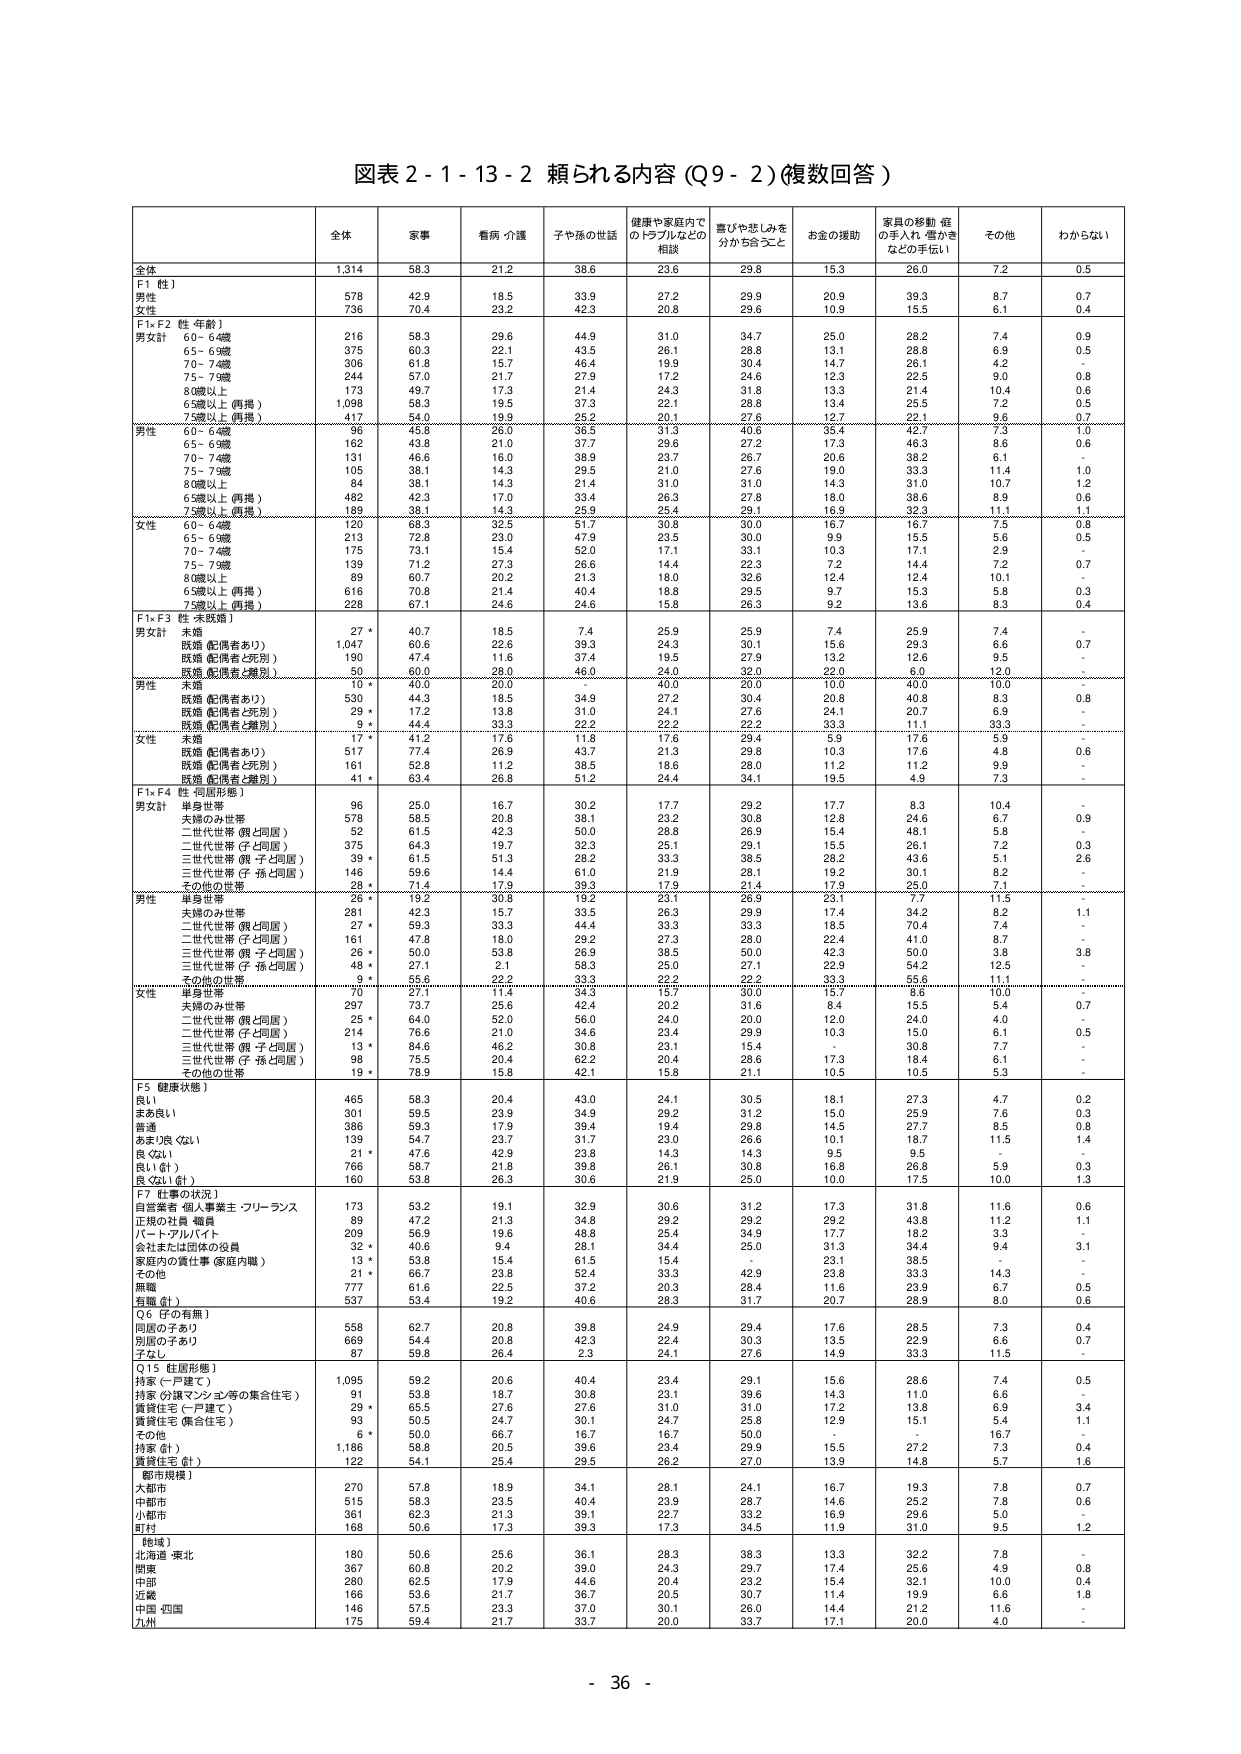
図表２-１-１３-２ 頼られる内容（Q９-２）（複数回答）

全体 家事 看病・介護 子や孫の世話 健康や家庭内でのトラブルなどの相談 喜びや悲しみを分かち合うこと お金の援助 家具の移動・庭の手入れ・雪かきなどの手伝い その他 わからない

全体 1,314 58.3 21.2 38.6 23.6 29.8 15.3 26.0 7.2 0.5

F1【性】
男性 578 42.9 18.5 33.9 27.2 29.9 20.9 39.3 8.7 0.7
女性 736 70.4 23.2 42.3 20.8 29.6 10.9 15.5 6.1 0.4

F1×F2【性・年齢】
男女計 60～64歳 216 58.3 29.6 44.9 31.0 34.7 25.0 28.2 7.4 0.9
65～69歳 375 60.3 22.1 43.5 26.1 28.8 13.1 28.8 6.9 0.5
70～74歳 306 61.8 15.7 46.4 19.9 30.4 14.7 26.1 4.2 -
75～79歳 244 57.0 21.7 27.9 17.2 24.6 12.3 22.5 9.0 0.8
80歳以上 173 49.7 17.3 21.4 24.3 31.8 13.3 21.4 10.4 0.6
65歳以上（再掲） 1,098 58.3 19.5 37.3 22.1 28.8 13.4 25.5 7.2 0.5
75歳以上（再掲） 417 54.0 19.5 25.2 20.1 27.6 12.7 22.1 9.6 0.7

男性 60～64歳 180 43.9 26.0 36.5 31.3 40.8 35.4 42.7 7.3 1.0
65～69歳 162 43.8 21.0 37.7 29.6 27.2 17.3 46.3 8.6 0.6
70～74歳 131 46.6 16.0 38.9 23.7 26.7 20.6 38.2 6.1 -
75～79歳 105 38.1 14.3 29.5 21.0 27.6 19.0 33.3 11.4 1.0
80歳以上 84 38.1 14.3 21.4 31.0 31.0 14.3 31.0 10.7 1.2
65歳以上（再掲） 482 42.3 17.0 33.4 26.3 27.8 18.0 38.6 8.9 0.6
75歳以上（再掲） 199 38.1 14.3 25.9 23.4 29.1 16.9 33.3 11.1 1.1

女性 60～64歳 120 68.3 32.6 51.7 30.8 30.0 16.7 16.7 7.5 0.8
65～69歳 213 72.8 23.0 47.9 23.5 30.0 9.9 15.5 5.6 0.5
70～74歳 175 73.1 15.4 52.0 17.1 33.1 10.3 17.1 2.9 -
75～79歳 139 71.2 27.3 26.6 14.4 22.3 7.2 14.4 7.2 0.7
80歳以上 89 60.7 20.2 21.3 18.0 32.6 12.4 12.4 10.1 -
65歳以上（再掲） 616 70.8 21.4 40.4 18.8 29.5 9.7 15.3 5.8 0.3
75歳以上（再掲） 228 67.1 24.6 24.6 15.8 26.3 9.2 13.6 8.3 0.4

F1×F3【性・未婚婚】
男女計 未婚 27 * 40.7 18.5 7.4 25.9 25.9 7.4 25.9 7.4 -
既婚（配偶者あり） 1,047 60.6 22.6 39.3 24.3 30.1 15.6 29.3 6.6 0.7
既婚（配偶者と死別） 190 47.4 11.6 37.4 19.5 27.9 13.2 12.6 9.5 -
既婚（配偶者と離別） 50 * 60.0 28.0 46.0 24.0 32.0 22.0 6.0 12.0 -
男性 未婚 10 * 40.0 20.0 - 40.0 20.0 40.0 10.0 10.0 -
既婚（配偶者あり） 530 44.3 18.5 34.9 27.2 30.4 20.8 40.8 8.3 0.8
既婚（配偶者と死別） 29 * 17.2 13.8 31.0 24.1 27.6 24.1 20.7 6.9 -
既婚（配偶者と離別） 9 * 44.4 33.3 22.2 22.2 22.2 33.3 11.1 33.3 -

女性 未婚 17 * 41.2 17.6 11.8 17.6 29.4 5.9 17.6 5.9 -
既婚（配偶者あり） 517 77.4 26.9 43.7 21.3 29.8 10.3 17.6 4.8 0.6
既婚（配偶者と死別） 161 52.8 11.2 38.5 18.6 28.0 11.2 11.2 9.8 -
既婚（配偶者と離別） 41 * 63.4 26.8 51.2 24.4 34.1 19.5 4.9 7.3 -

F1×F4【性・同居形態】
男女計 単身世帯 96 25.0 16.7 30.2 17.7 29.2 17.7 8.3 10.4 -
夫婦のみ世帯 578 58.5 20.8 38.1 23.2 30.8 12.8 24.6 6.7 0.9
二世代世帯（親と同居） 52 61.5 42.3 50.0 28.8 26.9 15.4 48.1 5.8 -
二世代世帯（子と同居） 375 64.3 19.7 32.3 28.1 29.1 15.3 26.1 7.2 0.3
三世代世帯（親・子と同居） 39 * 61.5 51.3 28.2 33.3 38.5 28.2 43.6 5.1 2.6
三世代世帯（子・孫と同居） 146 59.6 14.4 61.0 21.9 28.1 19.2 30.1 8.2 -
その他の世帯 28 * 71.4 17.9 39.3 17.9 21.4 17.9 25.0 7.1 -

男性 単身世帯 26 * 19.2 30.8 19.2 23.1 26.9 23.1 7.7 11.5 -
夫婦のみ世帯 281 42.3 15.7 33.5 26.3 29.9 17.4 34.2 8.2 1.1
二世代世帯（親と同居） 27 * 59.3 33.3 44.4 33.3 33.3 18.5 70.4 7.4 -
二世代世帯（子と同居） 161 47.8 18.0 29.2 27.3 28.0 22.4 41.0 8.7 -
三世代世帯（親・子と同居） 26 * 50.0 53.8 26.9 38.5 50.0 42.3 50.0 3.8 3.8
三世代世帯（子・孫と同居） 48 * 27.1 2.1 58.3 25.0 27.1 22.9 54.2 12.5 -
その他の世帯 9 * 55.6 22.2 33.3 22.2 22.2 33.3 55.6 11.1 -

女性 単身世帯 70 27.1 11.4 34.3 15.7 30.0 15.7 8.6 10.0 -
夫婦のみ世帯 297 73.7 25.6 42.4 20.2 31.6 6.4 15.5 5.4 0.7
二世代世帯（親と同居） 25 * 64.0 52.0 56.0 24.0 20.0 12.0 24.0 4.0 -
二世代世帯（子と同居） 214 76.6 21.0 34.6 23.4 29.9 10.3 15.0 6.1 0.5
三世代世帯（親・子と同居） 13 * 84.6 46.2 30.8 23.1 15.4 - 30.8 7.7 -
三世代世帯（子・孫と同居） 98 75.5 20.4 62.2 20.4 28.6 17.3 18.4 6.1 -
その他の世帯 19 * 78.9 15.8 42.1 15.8 21.1 10.5 10.5 5.3 -

F5【健康状態】
良い 465 58.3 20.4 43.0 24.1 30.5 18.1 27.3 4.7 0.2
まあ良い 301 59.5 23.9 34.9 29.2 31.2 15.0 25.9 7.6 0.3
普通 386 59.3 17.9 39.4 19.4 29.8 14.5 27.7 8.5 0.8
あまり良くない 139 54.7 23.7 31.7 23.0 26.6 10.1 18.7 11.5 1.4
良くない 21 * 47.6 42.9 23.8 14.3 14.3 9.5 9.5 - -
良くない（計） 766 58.7 21.8 39.8 26.1 30.8 16.8 26.8 5.9 0.3
良くない（計） 160 53.8 26.3 30.6 21.9 25.0 10.0 17.5 10.0 1.3

F7【仕事の状況】
自営業者・個人事業主・フリーランス 173 53.2 19.1 32.9 30.6 31.2 17.3 31.8 11.6 0.6
正規の社員・職員 89 47.2 21.3 34.8 29.2 29.2 29.2 43.8 11.2 1.1
パート・アルバイト 209 56.9 19.6 48.8 25.4 34.9 17.7 18.2 3.3 -
会社または団体の役員 32 * 40.6 9.4 28.1 34.4 25.0 31.3 34.4 9.4 3.1
家庭内の責任者（家庭内職） 13 * 53.8 15.4 61.5 15.4 - 23.1 38.5 - -
その他 21 * 66.7 23.8 52.4 33.3 42.9 23.8 33.3 14.3 -
無職 777 61.6 22.5 37.2 20.3 28.4 11.6 23.9 6.7 0.5
有職（計） 537 53.4 19.2 40.6 28.3 31.7 20.7 28.9 8.0 0.6

Q6【子の有無】
同居の子あり 558 62.7 20.8 39.8 24.9 29.4 17.6 28.5 7.3 0.4
別居の子あり 669 54.4 20.8 42.3 22.4 30.3 13.5 22.9 6.6 0.7
子なし 87 59.8 26.4 2.3 24.1 27.6 14.9 33.3 11.5 -

Q15【住居形態】
持家（一戸建て） 1,095 59.2 20.6 40.4 23.4 29.1 15.6 28.6 7.4 0.5
持家（分譲マンション等の集合住宅） 91 53.8 18.7 30.8 23.1 39.6 14.3 11.0 6.6 -
賃貸住宅（一戸建て） 29 * 65.5 27.6 27.6 31.0 31.0 17.2 13.8 6.9 3.4
賃貸住宅（集合住宅） 93 50.5 24.7 30.1 24.7 25.8 12.9 15.1 5.4 1.1
その他 6 * 50.0 66.7 16.7 16.7 50.0 - 16.7 - -
持家（計） 1,186 58.8 20.5 39.6 23.4 29.9 15.5 27.2 7.3 0.4
賃貸住宅（計） 122 54.1 25.4 29.5 26.2 27.0 13.9 14.8 5.7 1.6

【都市規模】
大都市 270 57.8 18.9 34.1 28.1 24.1 16.7 19.3 7.8 0.7
中都市 515 58.3 23.5 40.4 23.9 28.7 14.6 25.2 7.8 0.6
小都市 361 62.3 21.3 39.1 28.7 33.2 16.9 29.6 5.0 -
町村 168 50.6 17.3 39.3 17.3 34.5 11.9 31.0 9.5 1.2

【地域】
北海道・東北 180 50.6 25.6 36.1 28.3 38.3 13.3 32.2 7.8 -
関東 367 60.8 20.2 39.0 24.3 29.7 17.4 25.6 4.9 0.8
中部 280 62.5 17.9 44.6 20.4 23.2 15.4 32.1 10.0 0.4
近畿 166 53.6 21.7 36.7 20.5 30.7 11.4 19.9 6.6 1.8
中国・四国 146 57.5 23.3 37.0 30.1 26.0 14.4 21.2 11.6 -
九州 175 59.4 21.7 33.7 20.0 33.7 17.1 20.0 4.0 -

- 36 -